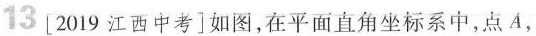
13[2019江西中考]如图，在平面直角坐标系中，点A，